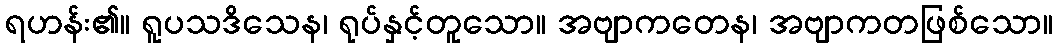
ရဟန်း၏။ ရူပသဒိသေန၊ ရုပ်နှင့်တူသော။ အဗျာကတေန၊ အဗျာကတဖြစ်သော။